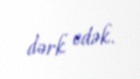
dərk edək.